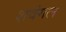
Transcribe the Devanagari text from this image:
शवंगल